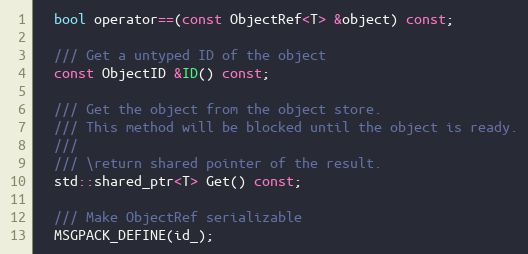
Language: C
  bool operator==(const ObjectRef<T> &object) const;

  /// Get a untyped ID of the object
  const ObjectID &ID() const;

  /// Get the object from the object store.
  /// This method will be blocked until the object is ready.
  ///
  /// \return shared pointer of the result.
  std::shared_ptr<T> Get() const;

  /// Make ObjectRef serializable
  MSGPACK_DEFINE(id_);